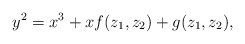
\begin{align*}y^2 = x^3 + xf(z_1,z_2) + g(z_1,z_2),\end{align*}